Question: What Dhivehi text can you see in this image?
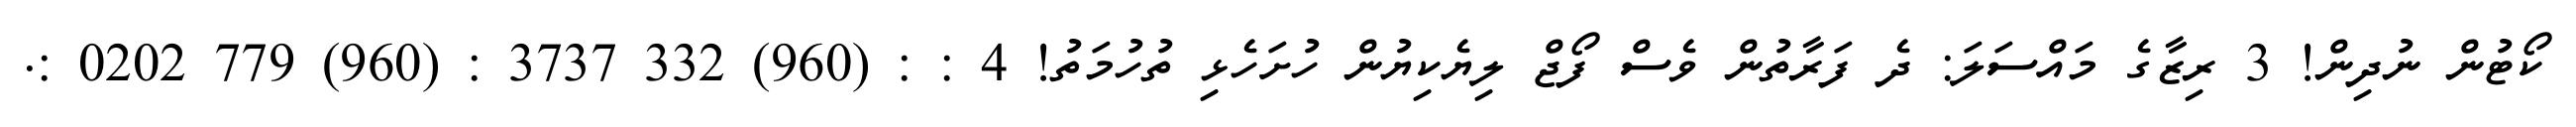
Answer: ކޯޓުން ނުދިން! 3 ރިޒާގެ މައްސަލަ: ދެ ފަރާތުން ވެސް ފޯޖް ލިޔެކިޔުން ހުށަހެޅި ތުހުމަތު! 4 : : (960) 332 3737 : (960) 779 0202 :.